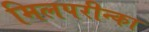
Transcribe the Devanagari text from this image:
मिलपरीन्का